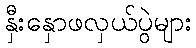
နှီးနှောဖလှယ်ပွဲများ